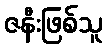
ဇနီးဖြစ်သူ